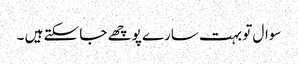
سوال تو بہت سارے پوچھے جا سکتے ہیں ۔